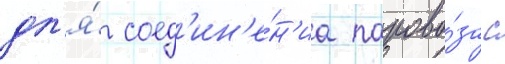
дл'я́ соед'ин'е́н'иа парово́за с